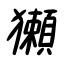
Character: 獺